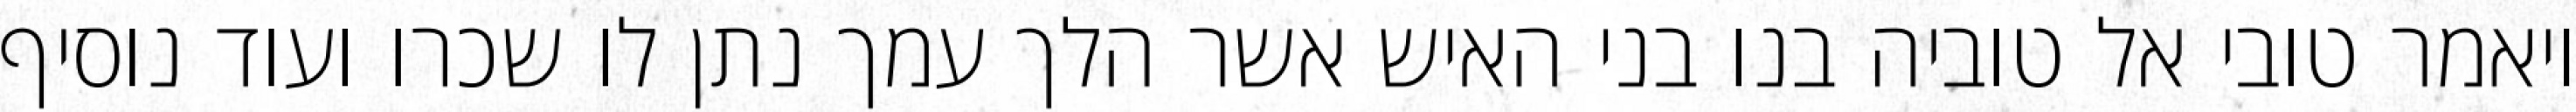
ויאמר טובי אל טוביה בנו בני האיש אשר הלך עמך נתן לו שכרו ועוד נוסיף